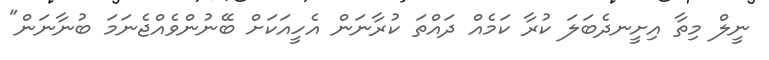
ނީލް މިތާ އިށީނދެބަލަ ކުރާ ކަމެއް ދައްތަ ކުރާނަން އެހީއަކަށް ބޭނުންވެއްޖެނަމަ ބުނާނަން"